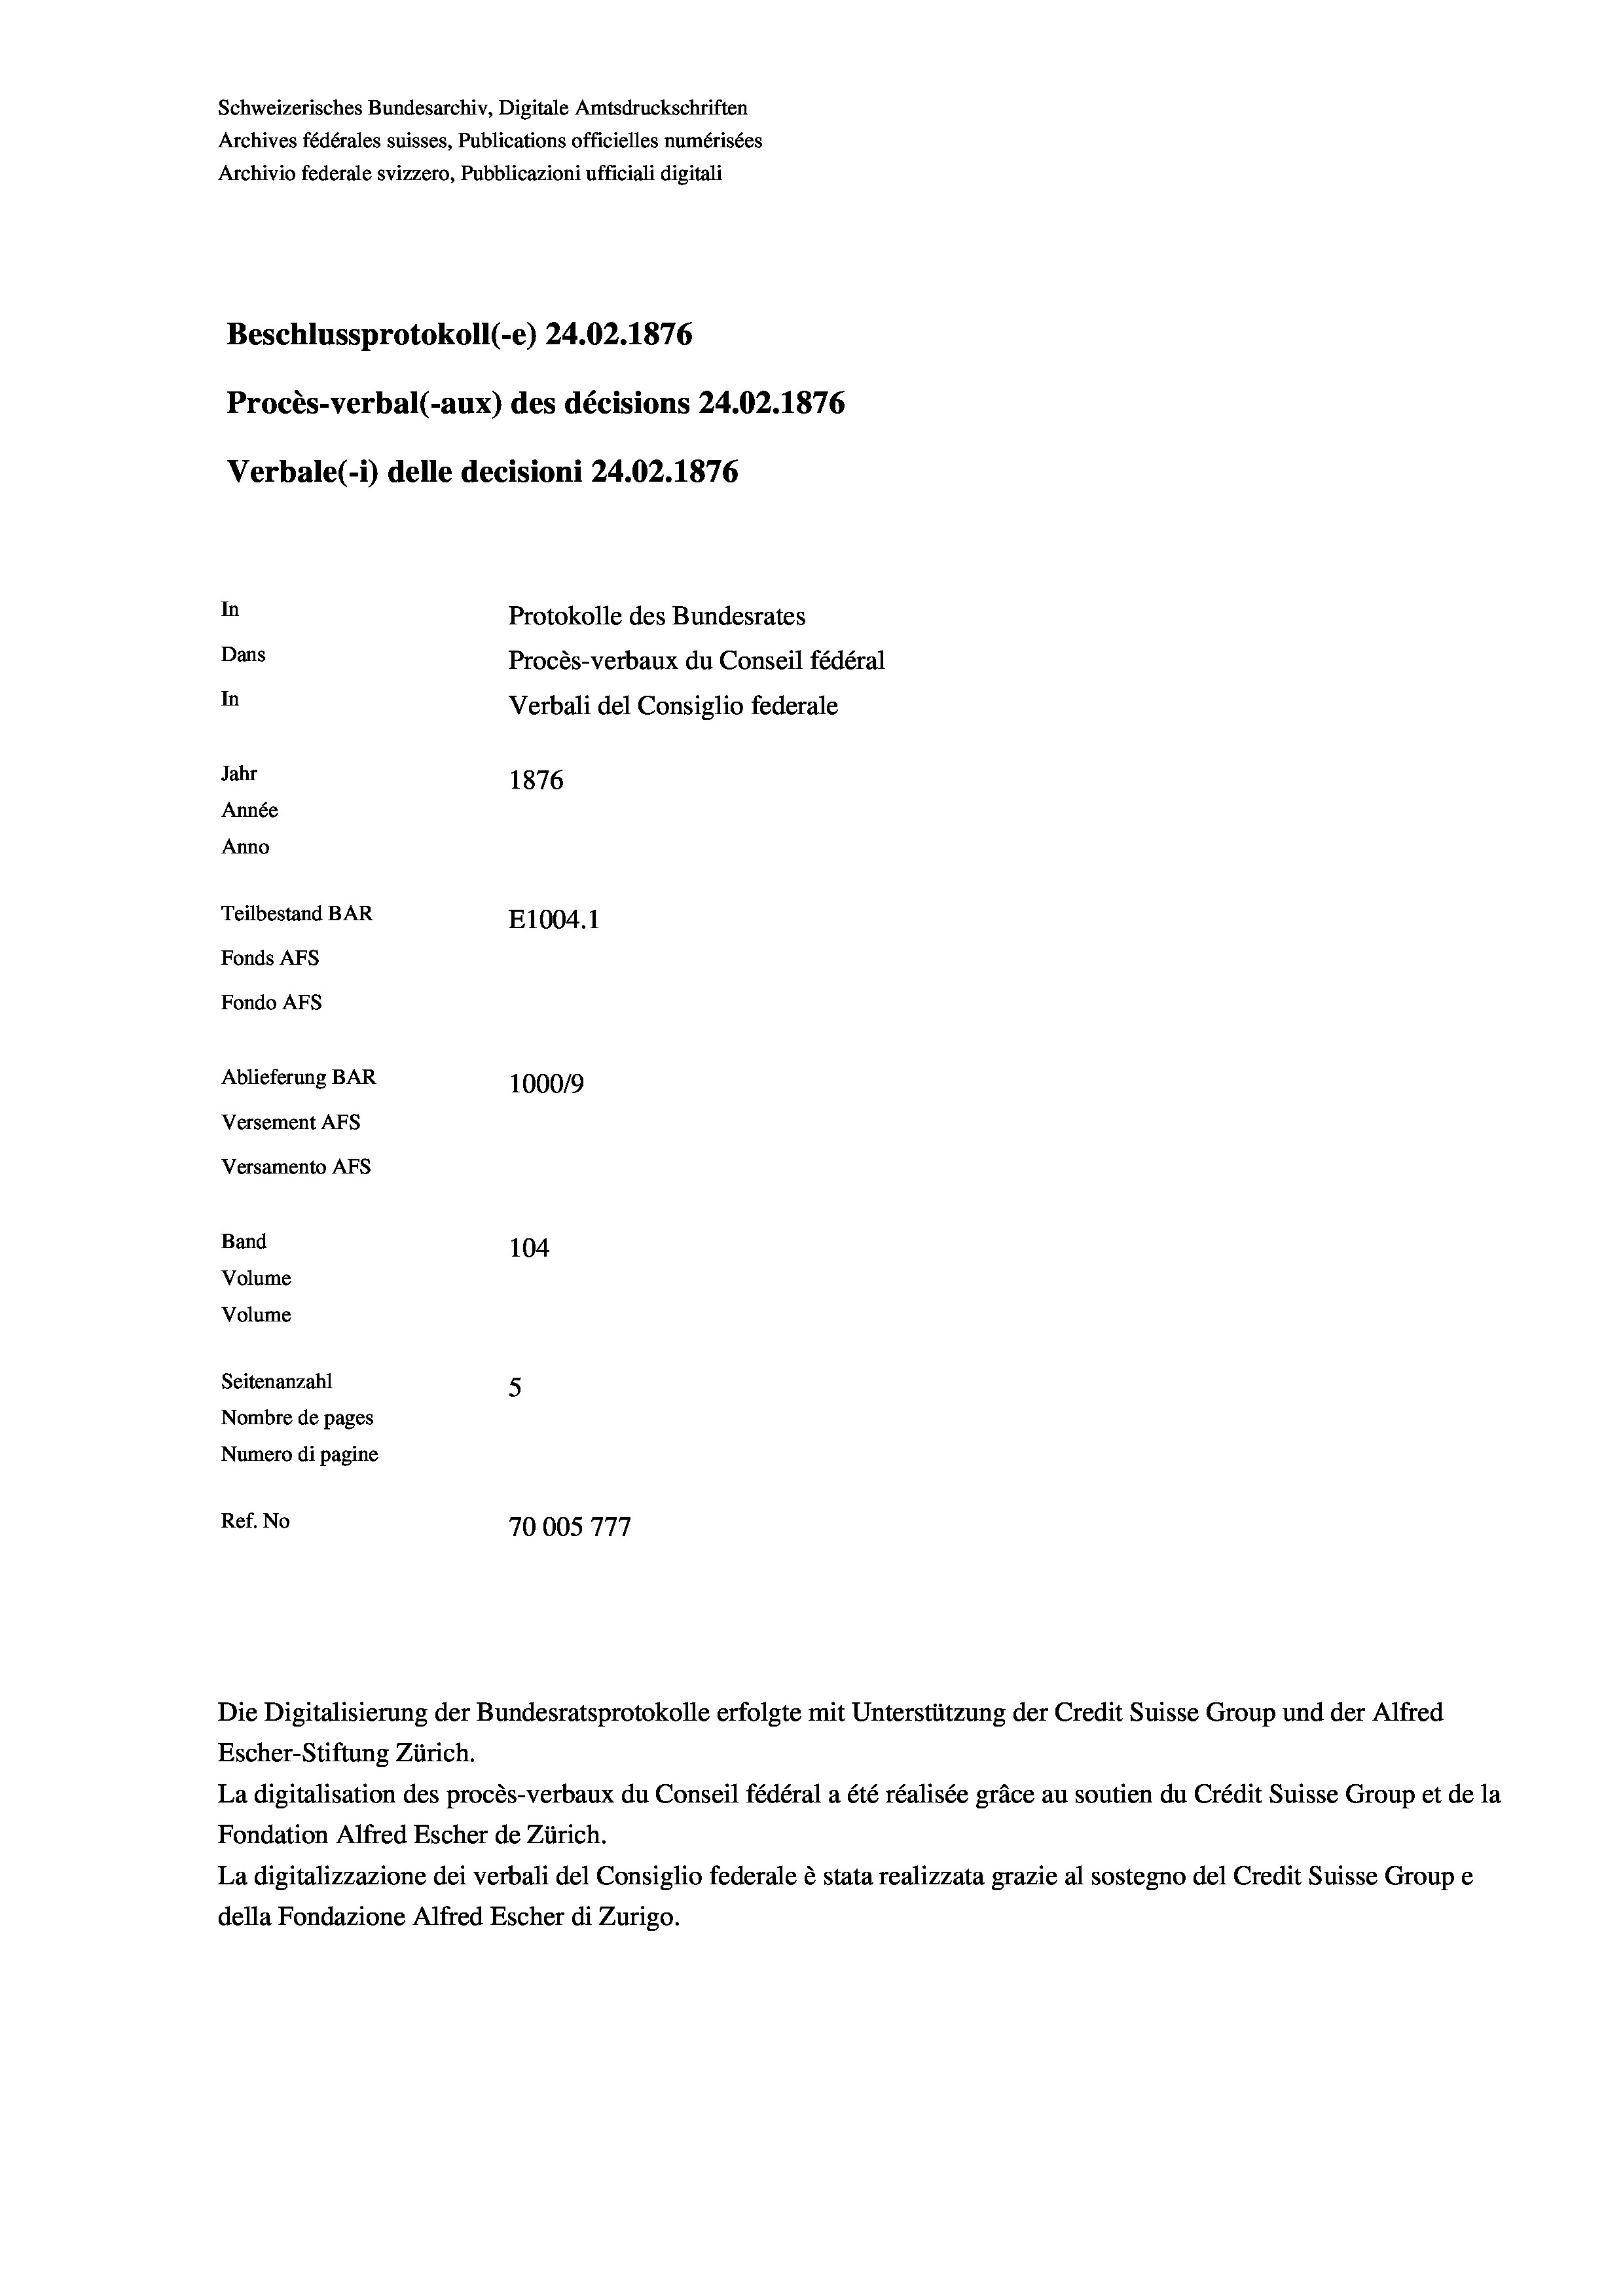
Schweizerisches Bundesarchiv, Digitale Amtsdruckschriften
Archives fédérales suisses, Publications officielles numérisées
Archivio federale svizzero, Pubblicazioni ufficiali digitali
Beschlussprotokoll (-e) 24.02. 1876
Procès-verbal (-aux) des décisions 24.02.1876
Verbale (- 1) delle decisioni 24.02. 1876
In
Protokolle des Bundesrates
Dans
Procès-verbaux du Conseil fédéral
In
Verbali del Consiglio federale
Jahr
1876
Année
Anno
Teilbestand BAR
E1004.1
Fonds AFs
Fondo AFS
Ablieferung BAR
1000/9
Versement AFS
Versamento AFs
Band
104
Volume
Volume
Seitenanzahl
Nombre de pages
Numero di pagine
Ref. No
70005777

Die Digitalisierung der Bundesratsprotokolle erfolgte mit Unterstützung der Credit Suisse Group und der Alfred
Escher-Stiftung Zürich.
La digitalisation des procès-verbaux du Conseil fédéral a été réalisée gräce au soutien du Crédit Suisse Group et de la
Fondation Alfred Escher de Zürich.
La digitalizzazione dei verbali del Consiglio federale è stata realizzata grazie al sostegno del Credit Suisse Groupe
della Fondazione Alfred Escher di Zurigo.